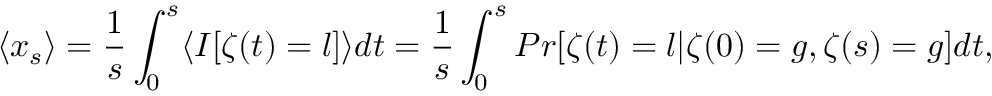
\langle x _ { s } \rangle = \frac { 1 } { s } \int _ { 0 } ^ { s } \langle I [ \zeta ( t ) = l ] \rangle d t = \frac { 1 } { s } \int _ { 0 } ^ { s } P r [ \zeta ( t ) = l | \zeta ( 0 ) = g , \zeta ( s ) = g ] d t ,